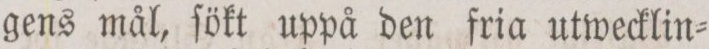
gens mål, ſökt uppå den fria utwecklin=